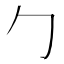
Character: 勹